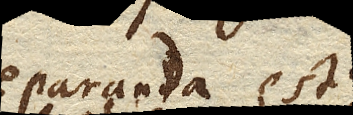
separanda est;